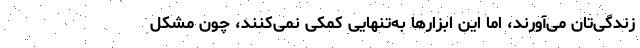
زندگی‌تان می‌آورند، اما این ابزارها به‌تنهایی کمکی نمی‌کنند، چون مشکل